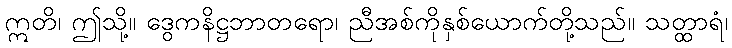
ဣတိ၊ ဤသို့။ ဒွေကနိဋ္ဌဘာတရော၊ ညီအစ်ကိုနှစ်ယောက်တို့သည်။ သတ္ထာရံ၊